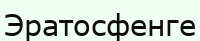
Эратосфенге